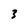
Character: 3